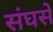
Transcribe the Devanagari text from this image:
संघसे